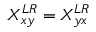
X _ { x y } ^ { L R } = X _ { y x } ^ { L R }